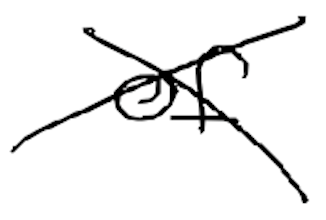
Text: of
Cross-out: cross
Writing tool: digital_black